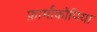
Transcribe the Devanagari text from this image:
फ़ार्माकोपिया